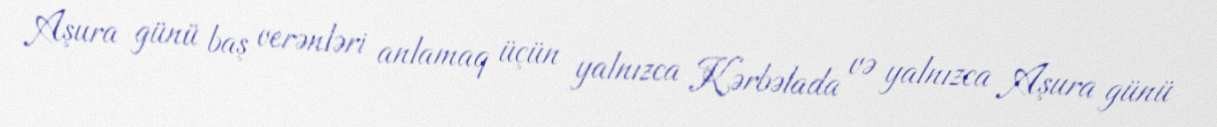
Aşura günü baş verənləri anlamaq üçün yalnızca Kərbəlada və yalnızca Aşura günü